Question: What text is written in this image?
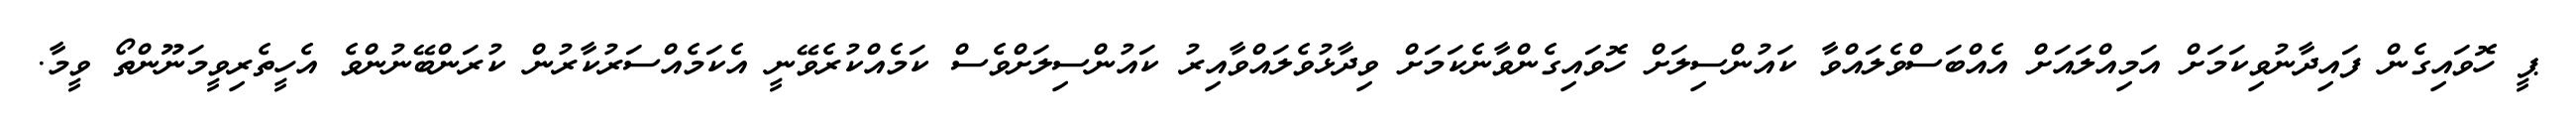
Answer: ޕީ ހޮވައިގެން ފައިދާނުވިކަމަށް އަމިއްލައަށް އެއްބަސްވެލައްވާ ކައުންސިލަށް ހޮވައިގެންވާނެކަމަށް ވިދާޅުވެލައްވާއިރު ކައުންސިލަށްވެސް ކަމެއްކުރެވޭނީ އެކަމެއްސަރުކާރުން ކުރަންބޭނުންވެ އެހީތެރިވީމަނޫންތޯ ވީމާ.